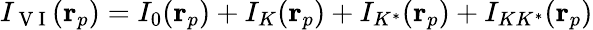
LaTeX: I_{\mathrm{~V~I~}}(\mathbf{r}_{p})=I_{0}(\mathbf{r}_{p})+I_{K}(\mathbf{r}_{p})+I_{K^{*}}(\mathbf{r}_{p})+I_{KK^{*}}(\mathbf{r}_{p})